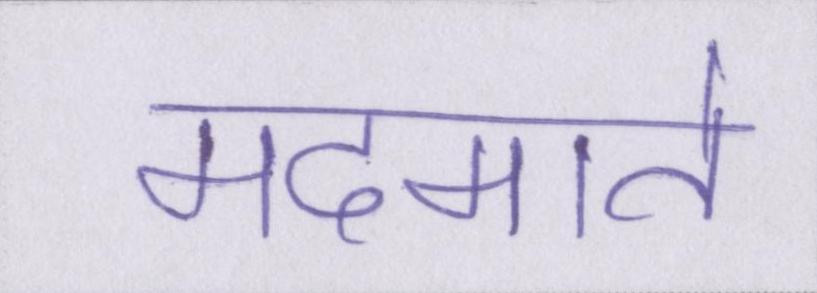
मदमाते